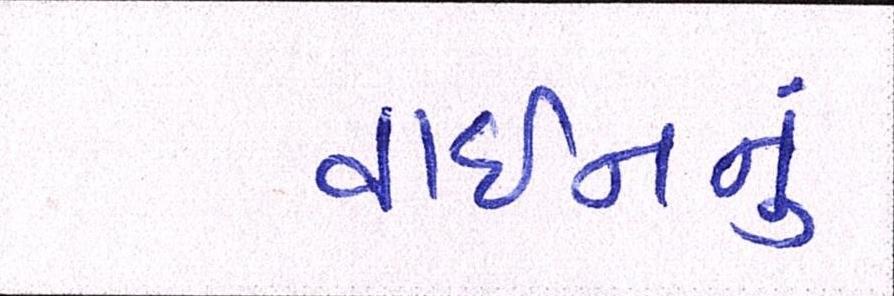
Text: વાઇનનું